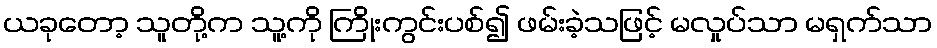
ယခုတော့ သူတို့က သူ့ကို ကြိုးကွင်းပစ်၍ ဖမ်းခဲ့သဖြင့် မလှုပ်သာ မရှက်သာ